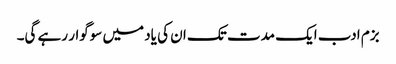
بزم ادب ایک مدت تک ان کی یاد میں سوگوار رہے گی۔